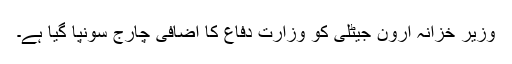
وزیر خزانہ ارون جیٹلی کو وزارت دفاع کا اضافی چارج سونپا گیا ہے۔